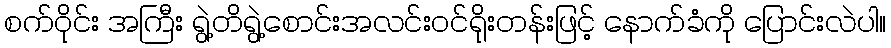
စက်ဝိုင်း အကြီး ရွဲ့တိရွဲ့စောင်းအလင်းဝင်ရိုးတန်းဖြင့် နောက်ခံကို ပြောင်းလဲပါ။